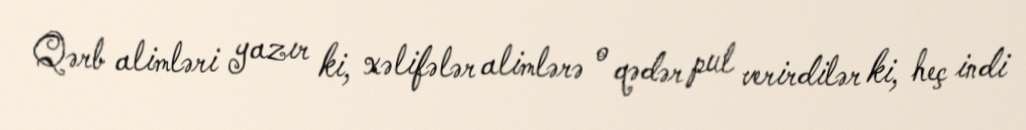
Qərb alimləri yazır ki, xəlifələr alimlərə o qədər pul verirdilər ki, heç indi